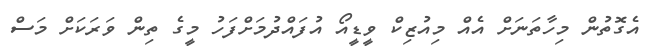
އެގޮތުން މިހާތަނަށް އެއް މިއުޒިކް ވީޑީއޯ އުފައްދުމަށްފަހު މީގެ ތިން ވަރަކަށް މަސް